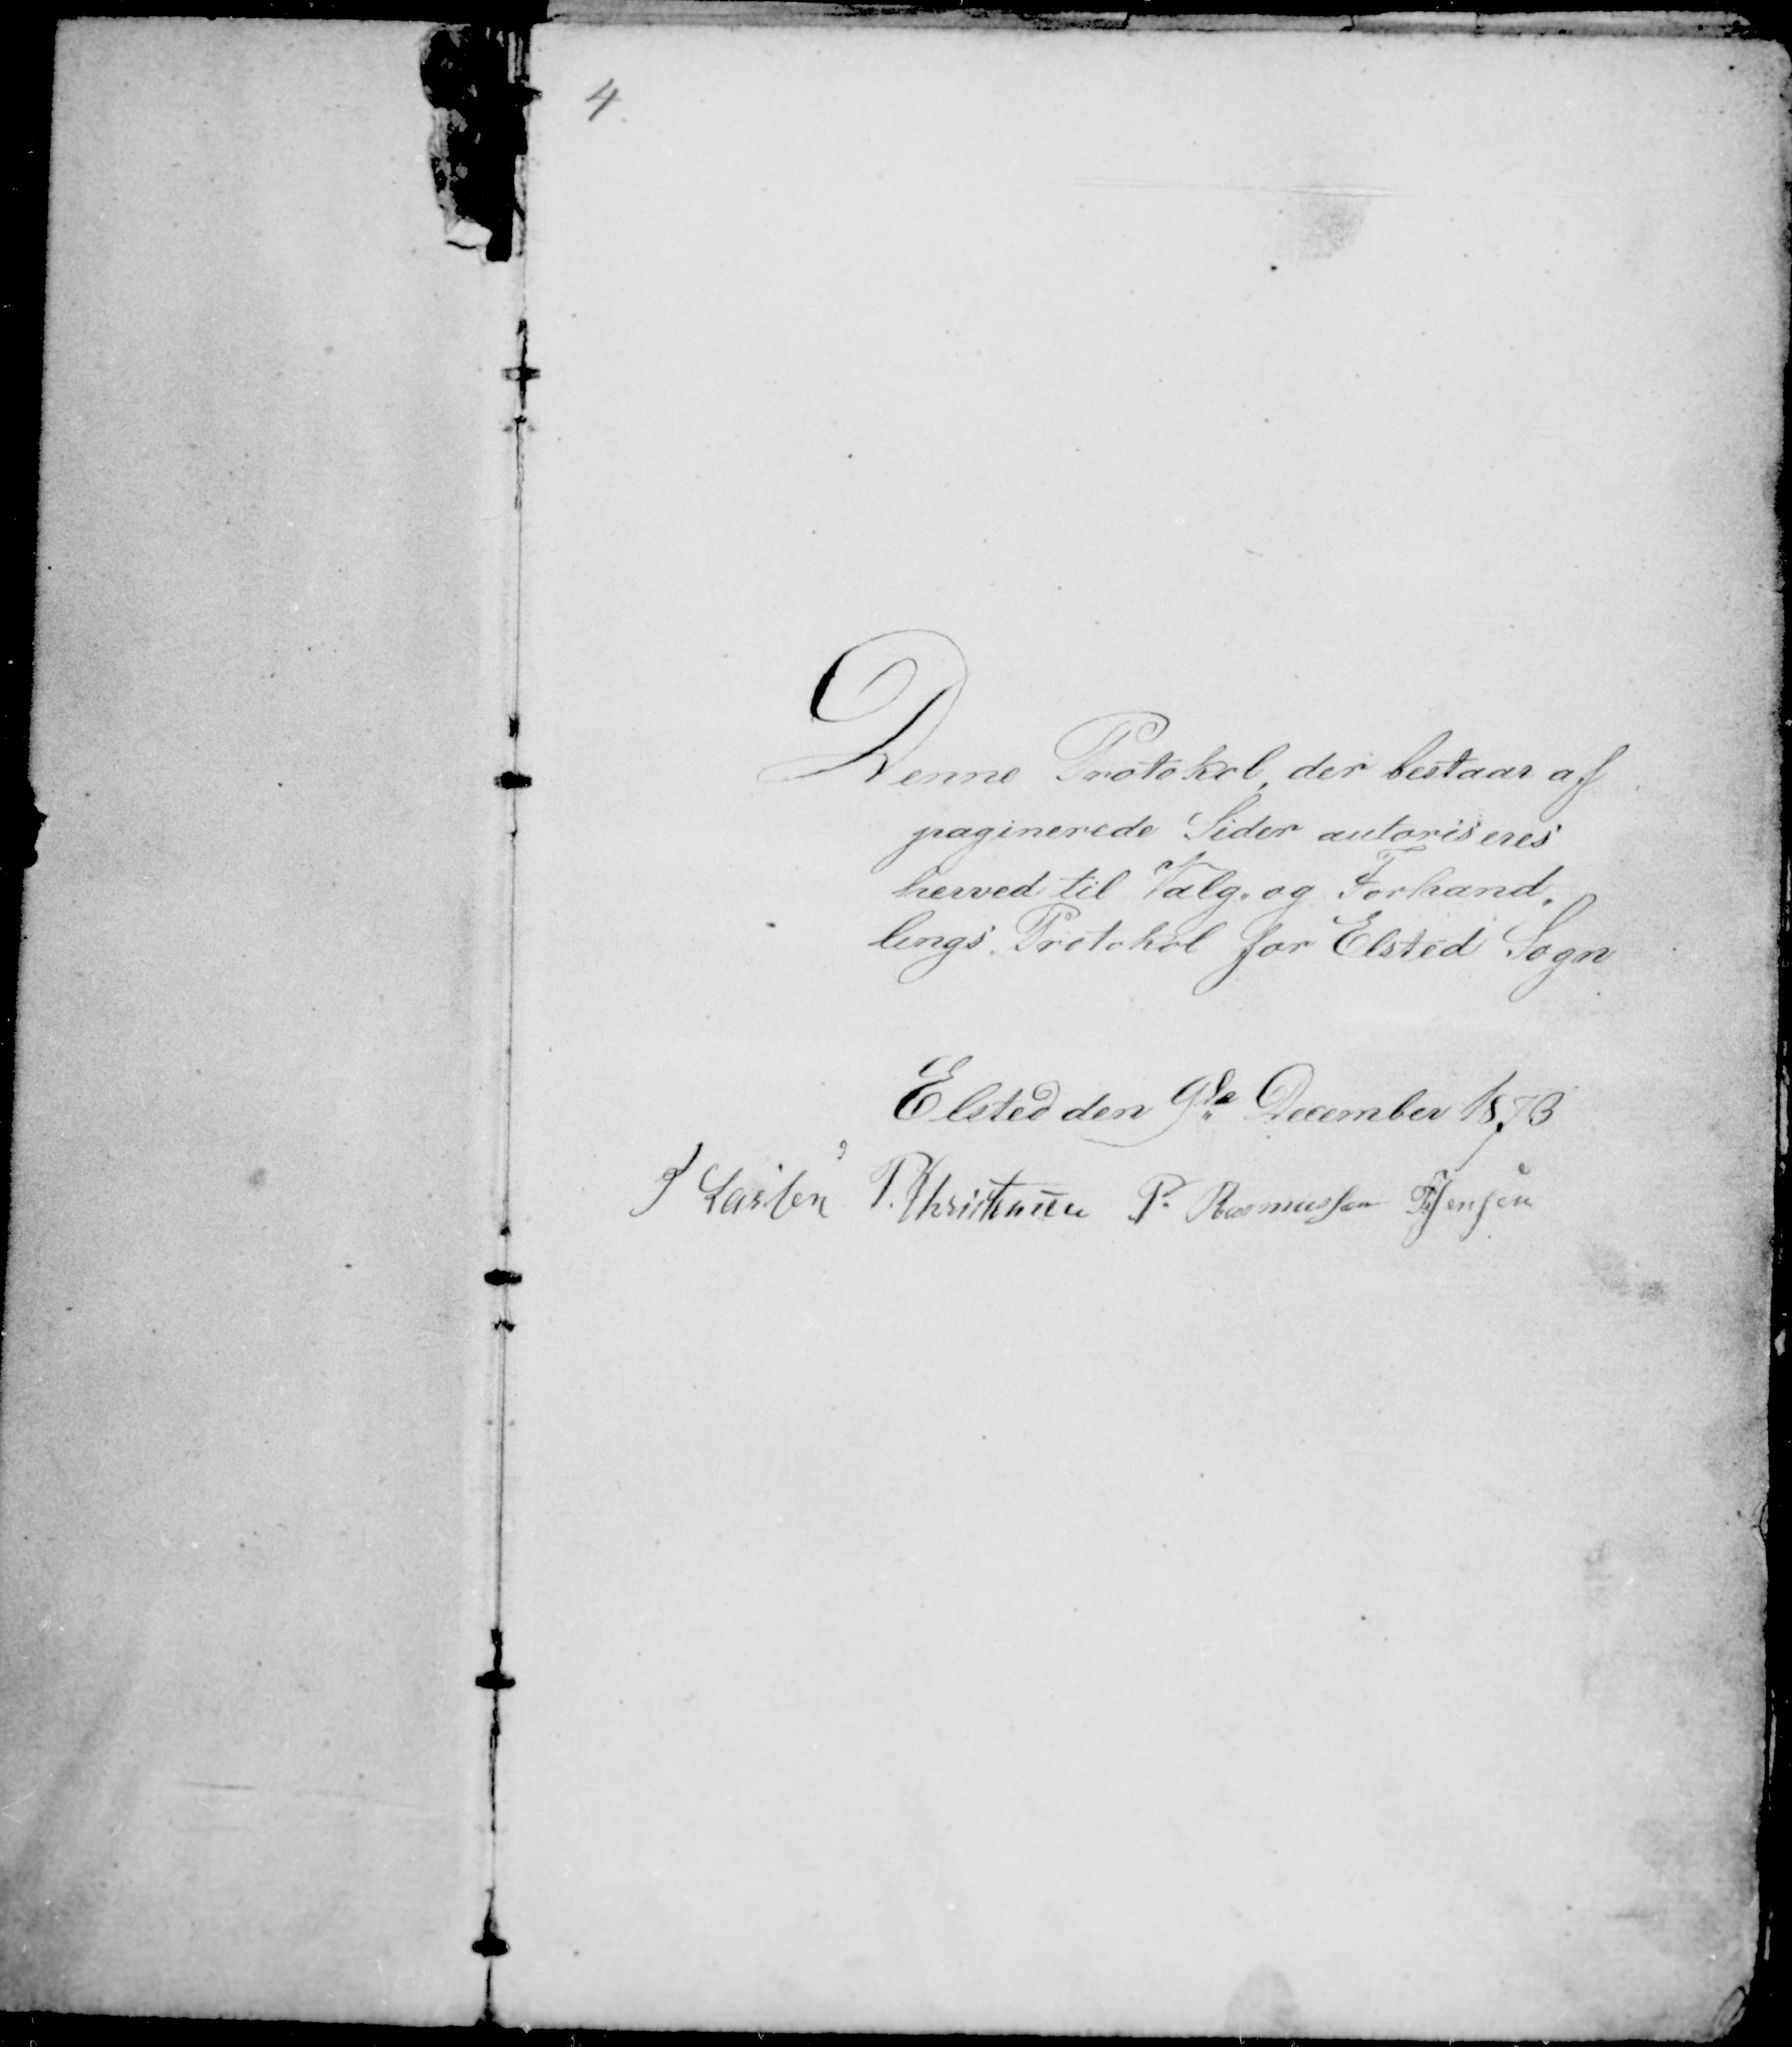
Transskription:
Denne Protokol, der bestaar af
paginerede Sider autoriseres
herved til Valg og Forhand-
lings Protokol for Elsted Sogn
Elsted den 9de December 1873
H Lassen P. Kristensen P. Rasmussen P. Jensen